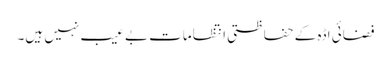
فضائی اڈہ کے حفاظتی انتظامات بے عیب نہیں ہیں۔